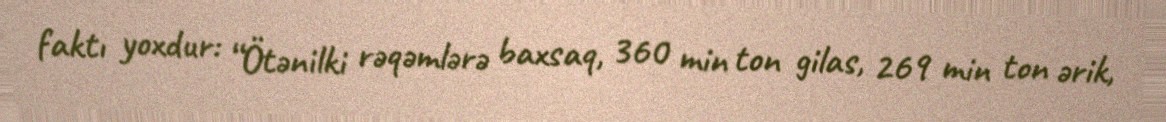
faktı yoxdur: “Ötənilki rəqəmlərə baxsaq, 360 min ton gilas, 269 min ton ərik,